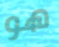
هو